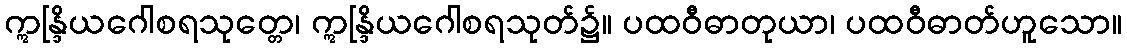
ဣန္ဒြိယဂေါစရသုတ္တေ၊ ဣန္ဒြိယဂေါစရသုတ်၌။ ပထဝီဓာတုယာ၊ ပထဝီဓာတ်ဟူသော။